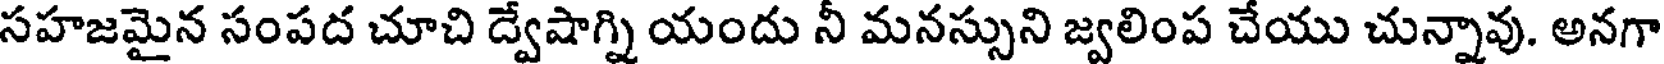
సహజమైన సంపద చూచి డ్వేషాగ్ని యందు నీ మనస్సుని జ్వలింప చేయు చున్నావు. అనగా